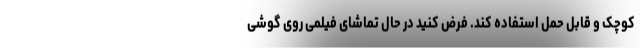
کوچک و قابل حمل استفاده کند. فرض کنید در حال تماشای فیلمی روی گوشی